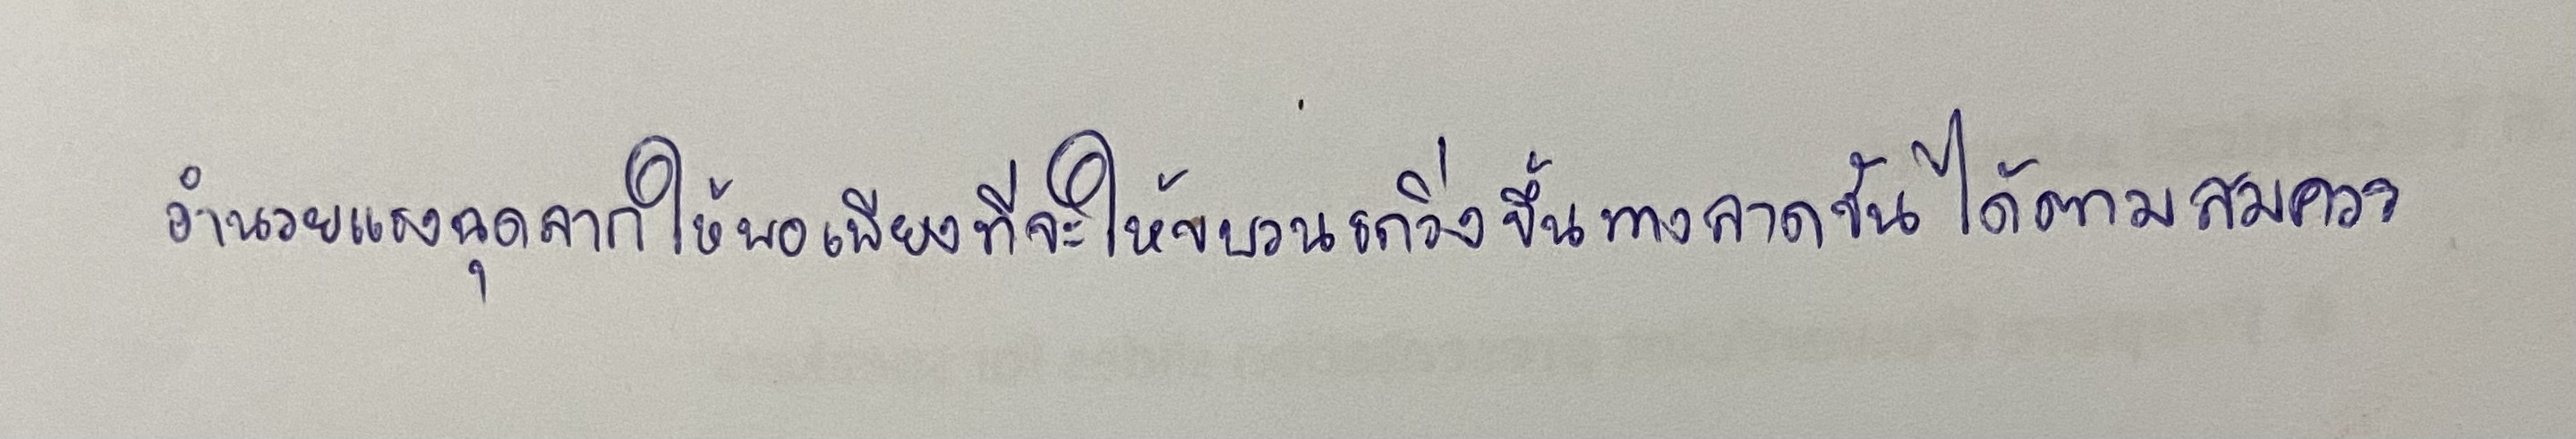
อำนวยแรงฉุดลากให้พอเพียงที่จะให้ขบวนรถวิ่งขึ้นทางลาดชันได้ตามสมควร